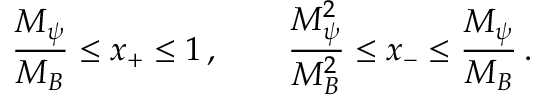
\frac { M _ { \psi } } { M _ { B } } \le x _ { + } \le 1 \, , \qquad \frac { M _ { \psi } ^ { 2 } } { M _ { B } ^ { 2 } } \le x _ { - } \le \frac { M _ { \psi } } { M _ { B } } \, .